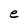
Character: e